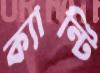
ক্যান্টি